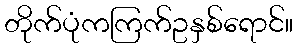
တိုက်ပုံကကြက်ဥနှစ်ရောင်။